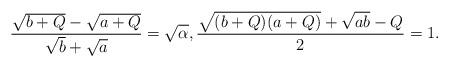
LaTeX: \begin{align*}\frac{\sqrt{b+Q}-\sqrt{a+Q}}{\sqrt{b}+\sqrt{a}}=\sqrt{\alpha},\frac{\sqrt{(b+Q)(a+Q)}+\sqrt{a b}-Q}{2}=1.\end{align*}